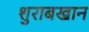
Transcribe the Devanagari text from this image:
शुराबखान